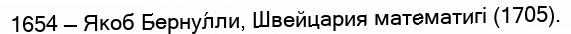
1654 — Якоб Берну́лли, Швейцария математигі (1705).